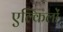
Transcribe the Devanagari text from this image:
एल्किलों